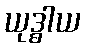
ယုဒ္ဓါယ